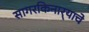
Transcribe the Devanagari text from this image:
सागरकिनार्‍याचे